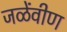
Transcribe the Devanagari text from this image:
जळेंवीण